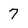
Character: 7